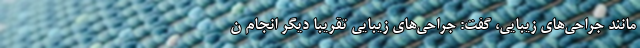
مانند جراحی‌های زیبایی، گفت: جراحی‌های زیبایی تقریبا دیگر انجام ن